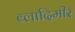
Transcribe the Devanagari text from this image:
ब्लादिमीर